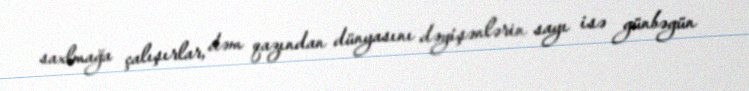
saxlmağa çalışırlar, dəm qazından dünyasını dəyişənlərin sayı isə günbəgün